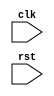
module LoopBlock (
    input wire clk,
    input wire rst
);

parameter NUM_ITERATORS = 4;
parameter NUM_LOOPS = 3;
parameter NUM_ITERATIONS = 10;

reg [NUM_ITERATORS-1:0] iterators;
reg [NUM_LOOPS-1:0] loop_counters;

always @(posedge clk or posedge rst) begin
    if (rst) begin
        iterators <= 0;
        loop_counters <= 0;
    end else begin
        if ( iterators == NUM_ITERATORS - 1) begin
            iterators <= 0;
            loop_counters <= loop_counters + 1;
        end else begin
            iterators <= iterators + 1;
        end
    end
end

always @(*) begin
    case(iterators)
        0: begin // Innermost loop
            // Your code for first loop here
        end
        1: begin
            // Your code for second loop here
        end
        2: begin
            // Your code for third loop here
        end
        default: begin
            // Additional nested loop code here if needed
        end
    endcase
end

endmodule